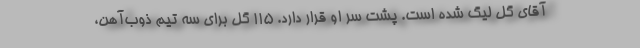
آقای گل لیگ شده است. پشت سر او قرار دارد. 115 گل برای سه تیم ذوب‌آهن،